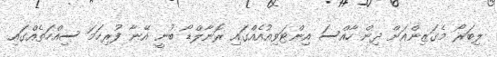
ލިބަރޯ މެގަޒިންއަށް ދިން ހާއްސަ އިންޓަވިއުއެއްގައި ރޮނާލްޑޯ ބުނީ އޭނާ ފުރިހަމަ ސިއްހަތެއްގައި